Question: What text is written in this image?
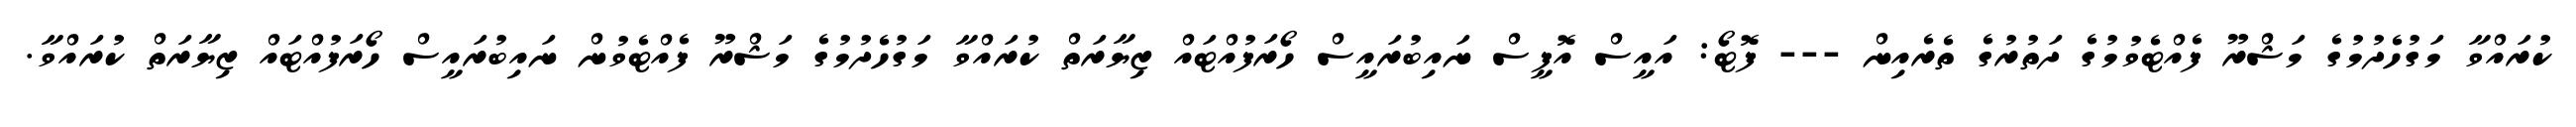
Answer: ކުރައްވާ މަގުހެދުމުގެ މަޝްރޫ ފެއްޓެވުމުގެ ދަތުރުގެ ތެރެއިން --- ފޮޓޯ: އައީސް އޮފީސް ނައިބުރައީސް ހޯރަފުއްޓައް ޒިޔާރަތް ކުރައްވާ މަގުހެދުމުގެ މަޝްރޫ ފެއްޓެވުން ނައިބުރައީސް ހޯރަފުއްޓައް ޒިޔާރަތް ކުރައްވާ.